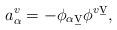
LaTeX: \begin{align*}a^v_{\alpha}=-\phi_{\alpha\b{v}}\phi^{v\b{v}},\end{align*}